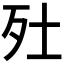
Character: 𣧅